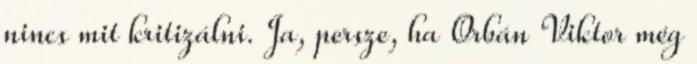
nincs mit kritizálni. Ja, persze, ha Orbán Viktor még